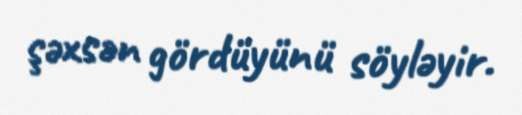
şəxsən gördüyünü söyləyir.